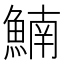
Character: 𩹞